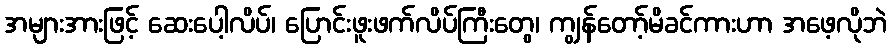
အများအားဖြင့် ဆေးပေါ့လိပ်၊ ပြောင်းဖူးဖက်လိပ်ကြီးတွေ၊ ကျွန်တော့်မိခင်ကားဟာ အဖေ့လိုဘဲ